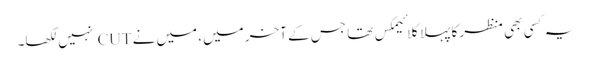
یہ کسی بھی منظر کا پہلا کلائیمکس تھا جس کے آخر میں، میں نے CUT نہیں لکھا۔